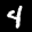
Label: 4